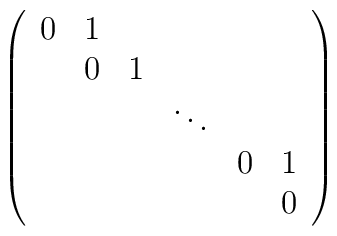
\left( \begin{array}{cccccc}		0 & 1 & & & &\\		& 0 & 1 & & &\\		& & & \ddots & &\\		& & & & 0 & 1\\		& & & & & 0		\end{array} \right)